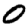
Digit: 0